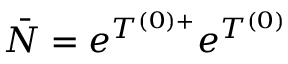
\bar { N } = e ^ { T ^ { ( 0 ) + } } e ^ { T ^ { ( 0 ) } }